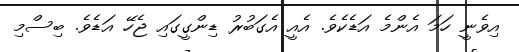
އިވެނީ ހަމަ އެންމެ އަޑެކެވެ. އެއީ އެގަބުރު ޑިންގީގައި ޖެހޭ އަޑެވެ. ބިސްމި